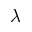
\lambda